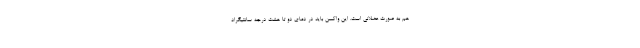
هم به صورت عضلانی است. این واکسن باید در دمای دو تا هشت درجه سانتیگراد